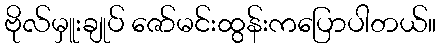
ဗိုလ်မှူးချုပ် ဇော်မင်းထွန်းကပြောပါတယ်။